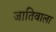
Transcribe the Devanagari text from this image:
जातिवाला